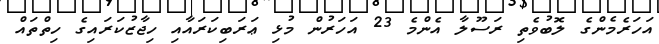
އަހަރެމެންގެ ލޮބުވެތި ރަސޫލާ އެންމެ 23 އަހަރުން މުޅި ޢަރަބިކަރައާއި ހިޖާޒުކަރައިގެ ހިތްތައް